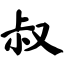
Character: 叔